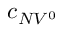
c _ { N V ^ { 0 } }